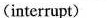
(interrupt)